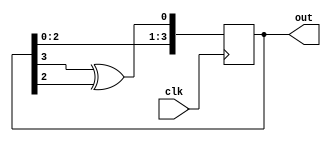
`timescale 1ns / 1ps

module lfsr(clk,out);

input clk;
output reg [3:0] out=4'b1111;

always@(posedge clk) begin

out[0]<=out[3]^out[2];
out[1]<=out[0];
out[2]<=out[1];
out[3]<=out[2];
end

endmodule